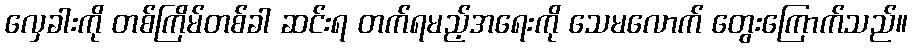
လှေခါးကို တစ်ကြိမ်တစ်ခါ ဆင်းရ တက်ရမည့်အရေးကို သေမလောက် တွေးကြောက်သည်။